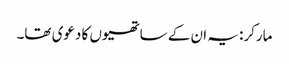
مارکر: یہ ان کے ساتھیوں کا دعوی تھا۔